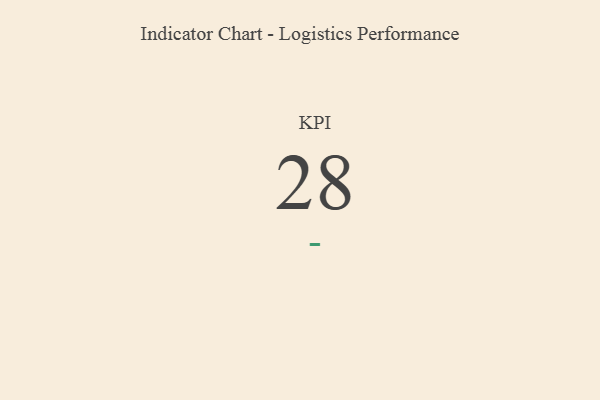
{"axis": {"x": "KPI", "y": "Value"}, "legend": [""], "data": [{"x": "KPI", "y": 28, "type": ""}]}